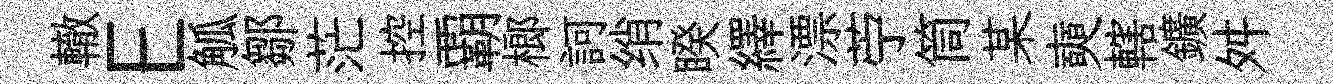
轍E觚鄒茫控覇榔訶绡睽繹漂苧筒某奭轄鑛舛